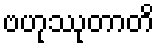
ဗဟုဿုတာတိ